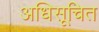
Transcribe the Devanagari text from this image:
अधिसूचित